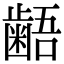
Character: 𪘚